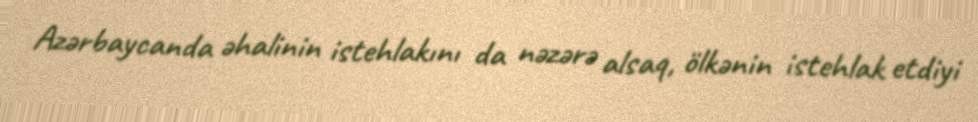
Azərbaycanda əhalinin istehlakını da nəzərə alsaq, ölkənin istehlak etdiyi